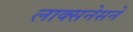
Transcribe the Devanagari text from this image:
लाक्सनेसने